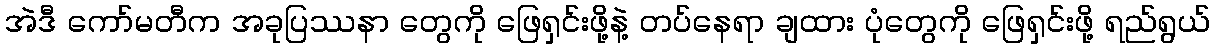
အဲဒီ ကော်မတီက အခုပြဿနာ တွေကို ဖြေရှင်းဖို့နဲ့ တပ်နေရာ ချထား ပုံတွေကို ဖြေရှင်းဖို့ ရည်ရွယ်